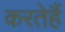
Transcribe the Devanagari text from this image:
करतेहैं